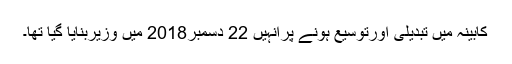
کابینہ میں تبدیلی اورتوسیع ہونے پرانہیں 22 دسمبر2018 میں وزیربنایا گیا تھا۔